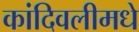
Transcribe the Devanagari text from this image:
कांदिवलीमधे